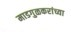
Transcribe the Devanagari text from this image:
माडगुळकरांच्या